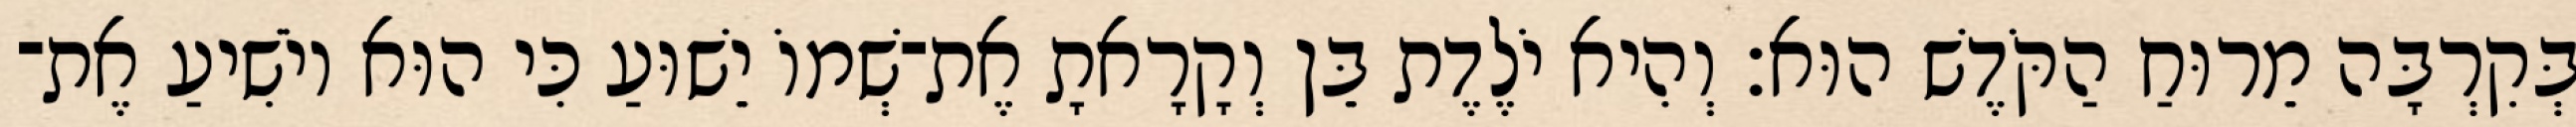
בְּקִרְבָּה מֵרוּחַ הַקֹּדֶשׁ הוּא׃ וְהִיא יֹלֶדֶת בֵּן וְקָרָאתָ אֶת־שְׁמוֹ יֵשׁוּעַ כִּי הוּא יוֹשִׁיעַ אֶת־